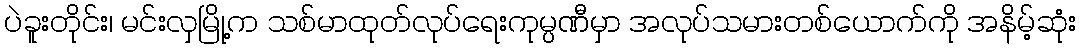
ပဲခူးတိုင်း၊ မင်းလှမြို့က သစ်မာထုတ်လုပ်ရေးကုမ္ပဏီမှာ အလုပ်သမားတစ်ယောက်ကို အနိမ့်ဆုံး